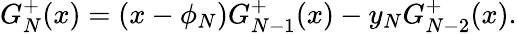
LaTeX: G_{N}^{+}(x)=(x-\phi_{N})G_{N-1}^{+}(x)-y_{N}G_{N-2}^{+}(x).